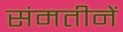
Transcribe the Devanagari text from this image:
संमतीनें